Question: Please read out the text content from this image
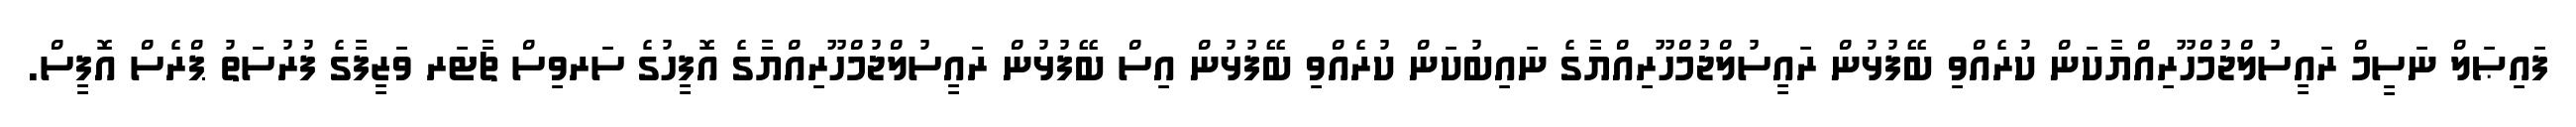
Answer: ފައިޞަލް ނަސީމް ރައީސުލްޖުމްހޫރިއްޔާކަން ކުރެއްވި ބޭފުޅުން ރައީސުލްޖުމްހޫރިއްޔާގެ ނައިބުކަން ކުރެއްވި ބޭފުޅުން އިސް ބޭފުޅުން ރައީސުލްޖުމްހޫރިއްޔާގެ އޮފީހުގެ ސަރވިސް ޗާޓަރ ވަޒީފާގެ ފުރުސަތު ޕްރެސް އޮފީސް.